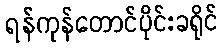
ရန်ကုန်တောင်ပိုင်းခရိုင်